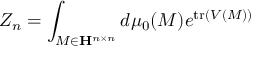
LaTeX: Z _ { n } = \int _ { M \in \mathbf { H } ^ { n \times n } } d \mu _ { 0 } ( M ) e ^ { { \mathrm { t r } } ( V ( M ) ) }